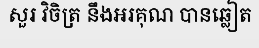
សួរ វិចិត្រ នឹងអរគុណ បានឆ្លៀត